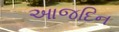
આજદિન